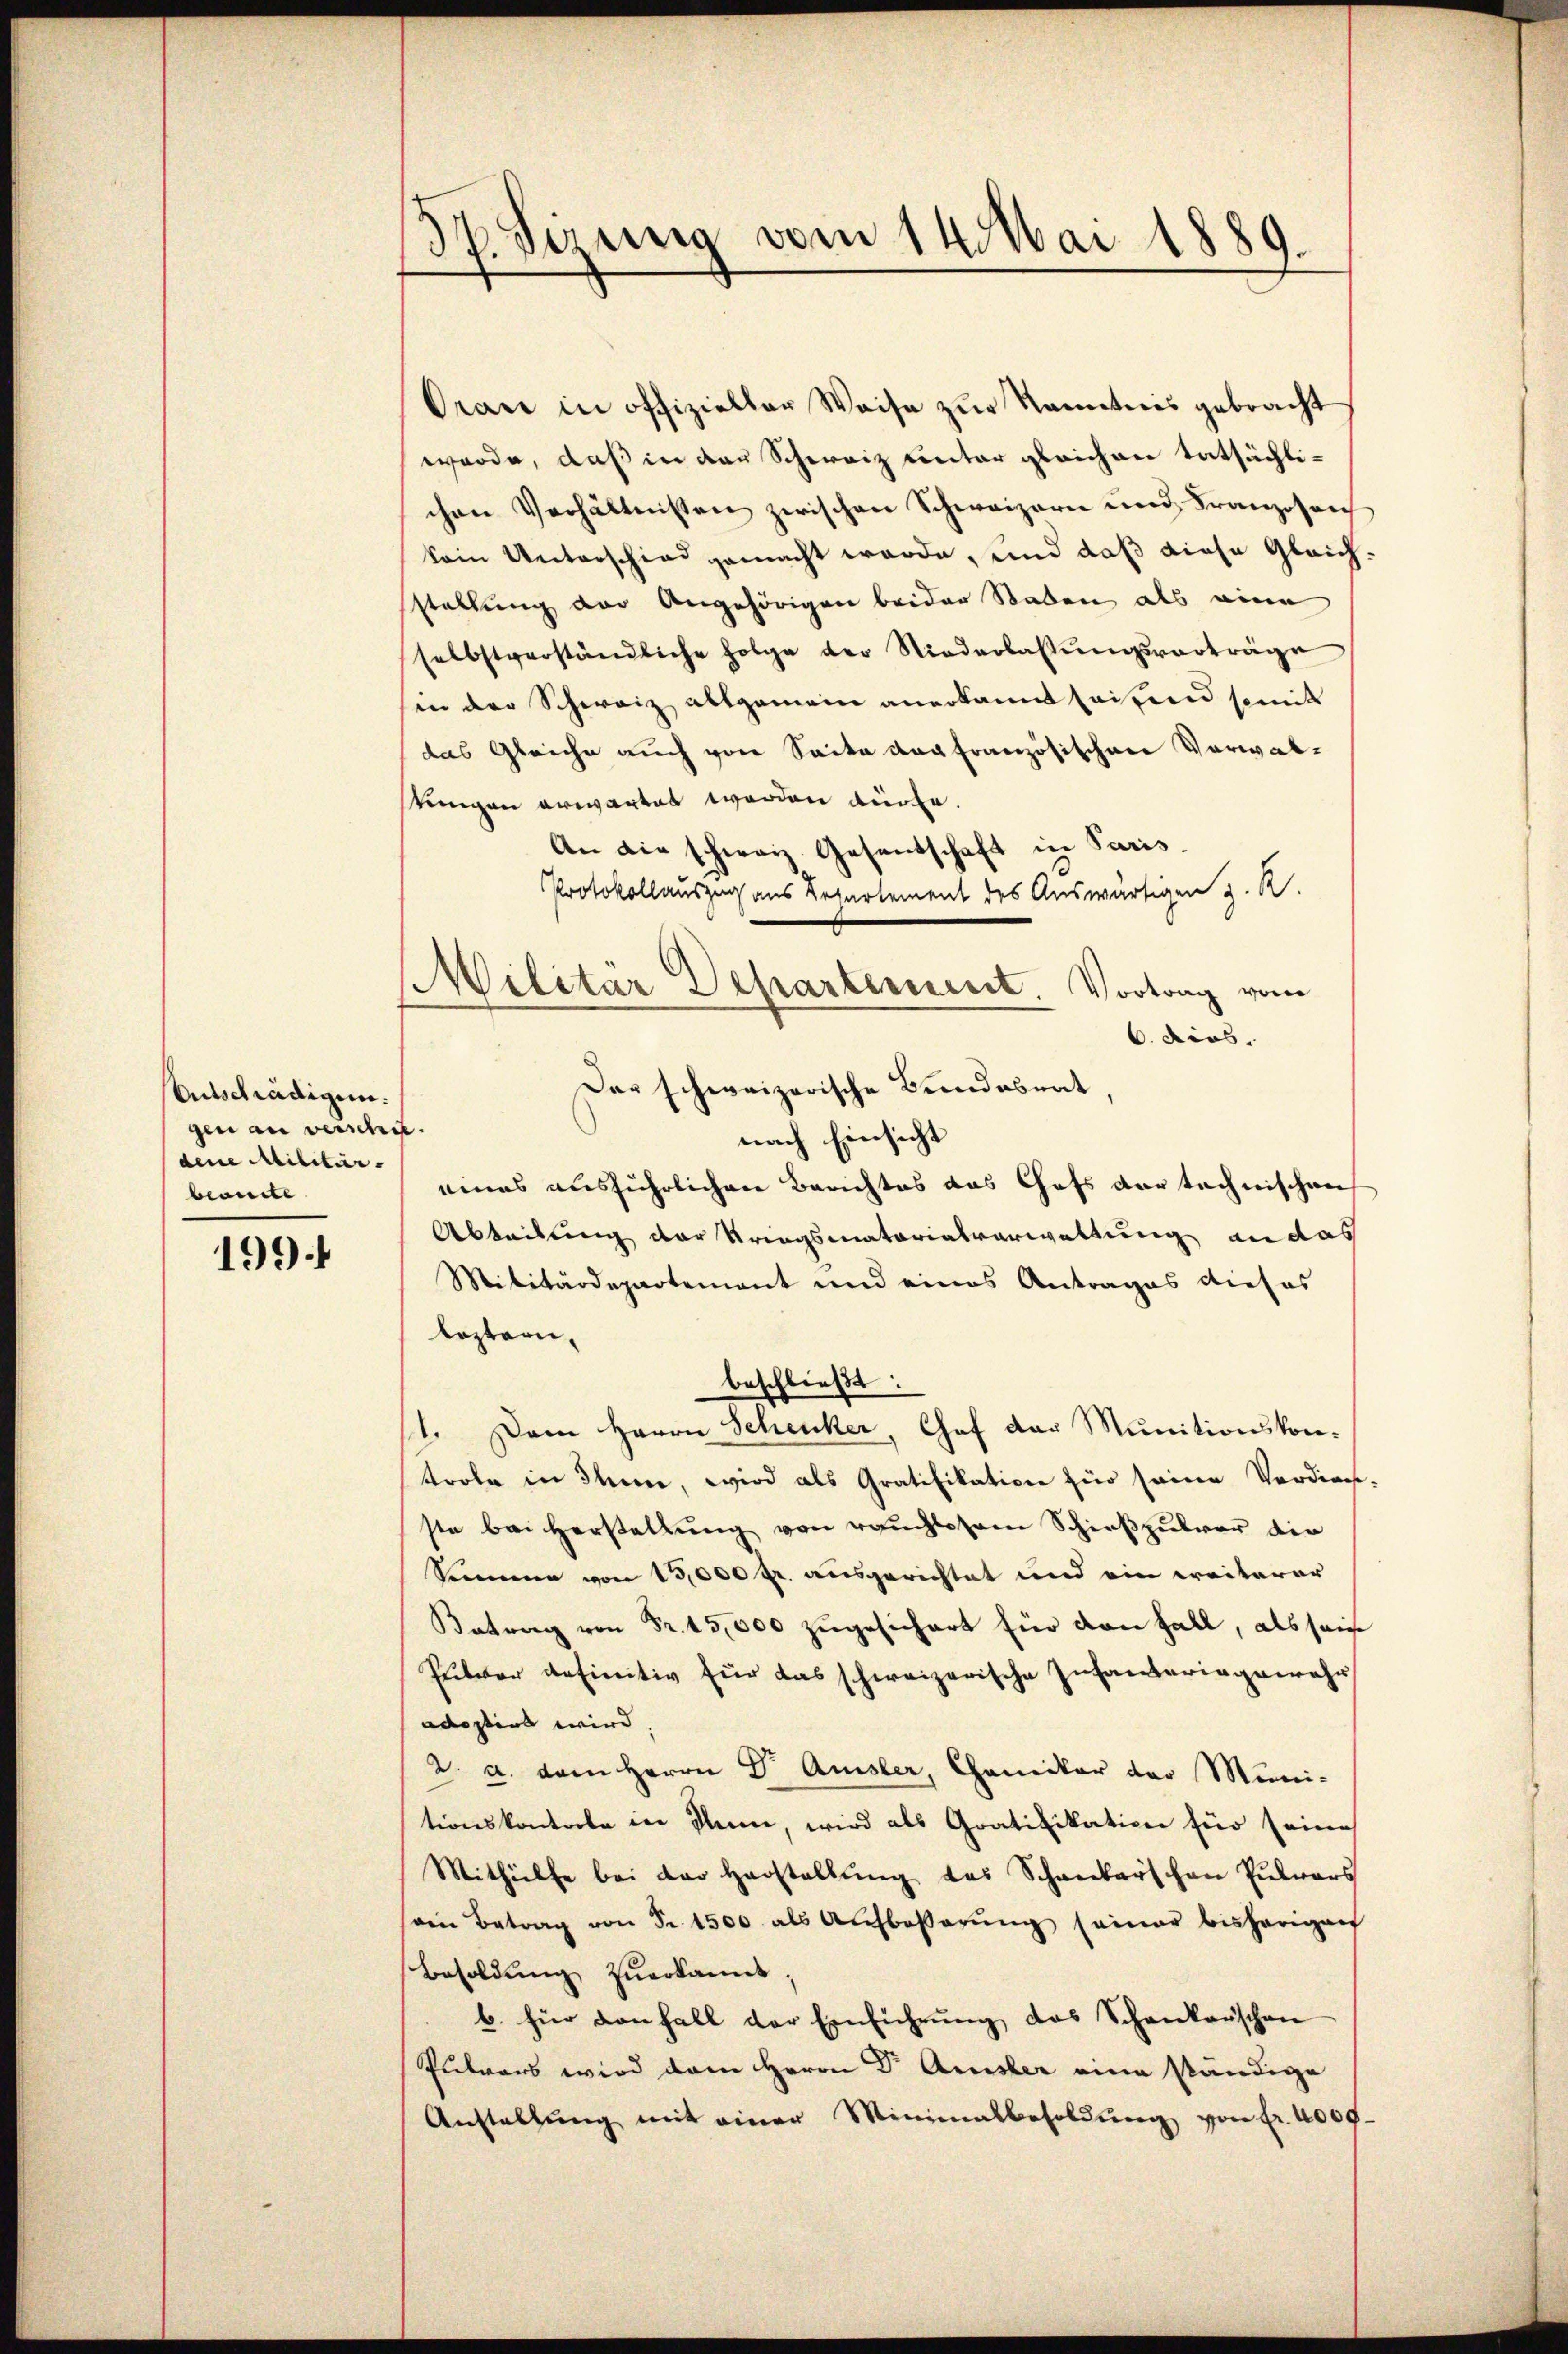
Entschädigen.
gen an verschiedene Militär-
beante

199.

.
Sizung vom 14. Mai 1889.

Orau in offizieller Weise zŭr Kenntnis gebracht
werde, daß in der Schweiz unter gleichen tatsächlichen Verhältnissen zwischen Schweizern und Franzosench
kein Unterschied gemacht werde, und daß diese Gleichstellung der Angehörigen beider Staden als eine
selbstverständliche Folge der Niederlassŭngsvorträge
in der Schweiz allgemein anerkannt seitend somit
das Gleiche auch von Seite der französischen Verwalstungen erwartet werden dürfe.
An die schweiz. Gesentschaft in Paris
Protokollauszug aus Repartement des Auswärtigen z. R.
Militär Departement. Vortrag vom
6. dies.
Das schweizerische Bundesrat,
nach Einsicht
eines ausführlichen Berichtes das Chefs der technischen
Abteilung der Kriegsmatorialverwaltung an das
Militärdepartement und eines Antrages dieses
leztern,
beschließt:
11. Dem Herrn Schenker, Chef das Munitionskontrole in Them, wird als Gratifikation für seine Verdien-
ste bei Herstellung von rauchlosem Schießpulver die
Semme von 15,000 fr. ausgerichtet und ein weiterer
Batrag von Fr. 15,000 zŭgesichert für den Fall, als seine
Pulver definitiv für das schweizerische Infanteringewahr
adoptirt wird
2. a. dem Herrn Dr. Amsler, Chaniker der Mini-
tionskontole in Name, wird als Gratifikation für seine
Mithülfe bei der Herstellŭng des Schankbarschen Pŭlvars
oin Betrag von Fr. 1500 als Aŭfboβerŭng seiner bisherigen
Besoldung zuerkannt
b. für anfall der Einführŭng das Schankarschen
Pulvers wird dem Herrn Dr. Amsler eine ständige
Anstallŭng mit einer Minimalbesoldŭng von fr. 4000